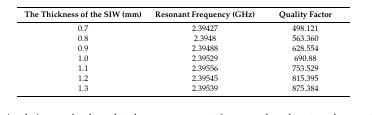
<table><thead><tr><td><b>The Thickness of the SIW (mm)</b></td><td><b>Resonant Frequency (GHz)</b></td><td><b>Quality Factor</b></td></tr></thead><tbody><tr><td>0.7</td><td>2.39427</td><td>498.121</td></tr><tr><td>0.8</td><td>2.3948</td><td>563.360</td></tr><tr><td>0.9</td><td>2.39488</td><td>628.554</td></tr><tr><td>1.0</td><td>2.39529</td><td>690.88</td></tr><tr><td>1.1</td><td>2.39556</td><td>753.529</td></tr><tr><td>1.2</td><td>2.39545</td><td>815.395</td></tr><tr><td>1.3</td><td>2.39539</td><td>875.384</td></tr></tbody></table>